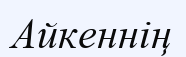
Айкеннің